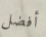
أفضل